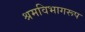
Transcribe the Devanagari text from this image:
श्रमविभागरूप